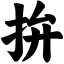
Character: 拚